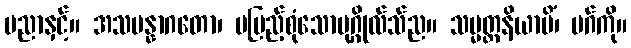
ပညာနှင့်။ အသမန္နာဂတော၊ မပြည့်စုံသောပုဂ္ဂိုလ်သ်ည။ သမ္မတ္တနိယာမိံ၊ မဂ်ကို။